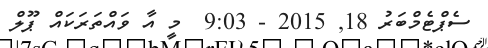
ސެޕްޓެމްބަރު 18